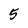
Character: 5